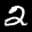
Label: 2